Indian journal of veterinary science and animal husbandry - Volume 12,
Year: 1942
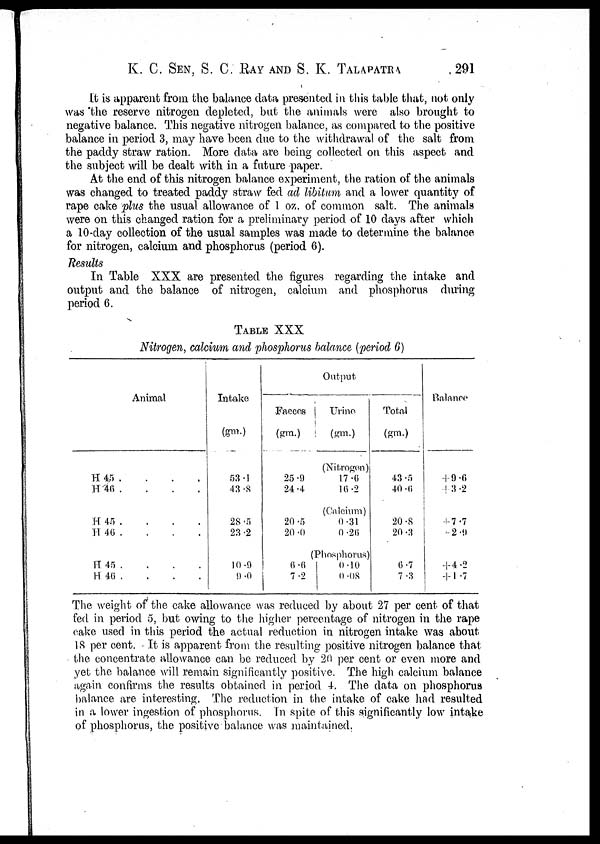
K. C. SEN, S. C. RAY AND S. K. TALAPATRA 291
It is apparent from the balance data presented in this table that, not only
was the reserve nitrogen depleted, but the animals were also brought to
negative balance. This negative nitrogen balance, as compared to the positive
balance in period 3, may have been due to the withdrawal of the salt from
the paddy straw ration. More data are being collected on this aspect and
the subject will be dealt with in a future paper.
At the end of this nitrogen balance experiment, the ration of the animals
was changed to treated paddy straw fed ad libitum and a lower quantity of
rape cake plus the usual allowance of 1 oz. of common salt. The animals
were on this changed ration for a preliminary period of 10 days after which
a 10-day collection of the usual samples was made to determine the balance
for nitrogen, calcium and phosphorus (period 6).
Results
In Table XXX are presented the figures regarding the intake and
output and the balance of nitrogen, calcium and phosphorus during
period 6.
TABLE XXX
Nitrogen, calcium and phosphorus balance (period 6)
Animal
H 45 . . . .
H 46 . . . .
H 45
.
.
.
.
H
46
.
.
.
.
H 45
.
.
.
.
H
46
.
.
.
.
Intake
(gm.)
53.1
43.8
28.5
23.2
10.9
9.0
Output
Faeces
(gm.)
25.9
24.4
20.5
20.0
6.6
7.2
Urine
(gm.)
(Nitrogen)
17.6
16.2
(Calcium)
0.31
0.26
(Phosphorus)
0.10
0.08
Total
(gm.)
43.5
40.6
20.8
20.3
6.7
7.3
Balance
+9.6
+3.2
+7.7
+2.9
+4.2
+1.7
The weight of the cake allowance was reduced by about 27 per cent of that
fed in period 5, but owing to the higher percentage of nitrogen in the rape
cake used in this period the actual reduction in nitrogen intake was about
18 per cent. It is apparent from the resulting positive nitrogen balance that
the concentrate allowance can be reduced by 20 per cent or even more and
yet the balance will remain significantly positive. The high calcium balance
again confirms the results obtained in period 4. The data on phosphorus
balance are interesting. The reduction in the intake of cake had resulted
in a lower ingestion of phosphorus. In spite of this significantly low intake
of phosphorus, the positive balance was maintained.